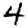
Digit: 4